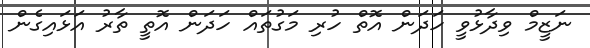
ނަޒީމް ވިދާޅުވީ ހަދަން އޮތް ހުރި މަގުތައް ހަދަން އޮތީ ތާރު އަޅައިގެން